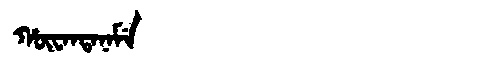
Manchu: ᡥᡡᠸᠠᠨᡨᠠᠨᠠᠮᡝ
Romanization: HŪWANTANAME